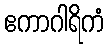
ဧကာဂါရိကံ